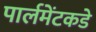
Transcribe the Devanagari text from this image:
पार्लमेंटकडे